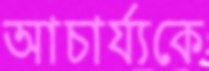
আচার্য্যকে